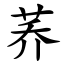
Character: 荞